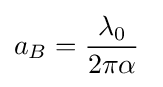
a_{B}={\frac {\lambda _{0}}{2\pi \alpha }}\